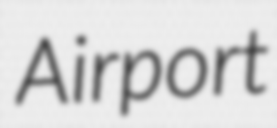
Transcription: Airport